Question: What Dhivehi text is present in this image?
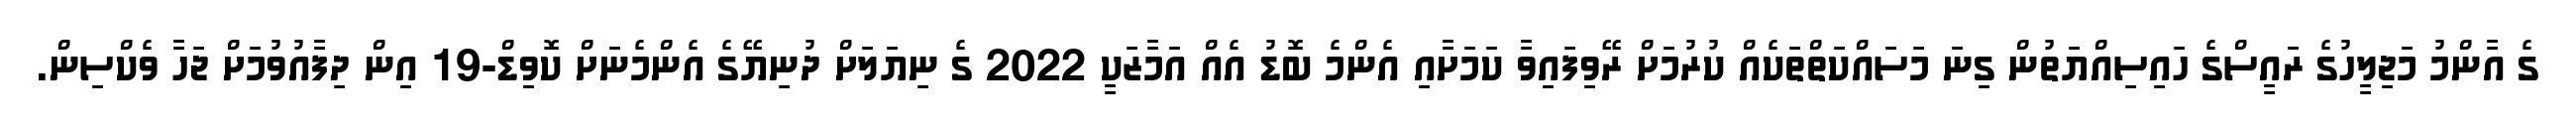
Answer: ގެ އާންމު މަޖިލީހުގެ ރައީސްގެ ހައިސިއްޔަތުން ގިނަ މަސައްކަތްތަކެއް ކުރުމަށް ރޭވިފައިވާ ކަމަށާއި އެންމެ ބޮޑު އެއް އަމާޒަކީ 2022 ގެ ނިޔަލަށް ދުނިޔޭގެ އެންމެނަށް ކޮވިޑް-19 އިން ދިފާއުވުމަށް ޖަހާ ވެކްސިން.